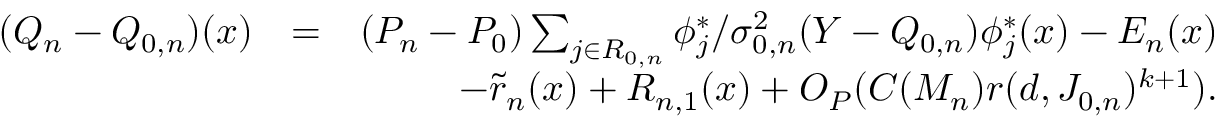
\begin{array} { r l r } { ( Q _ { n } - Q _ { 0 , n } ) ( x ) } & { = } & { ( P _ { n } - P _ { 0 } ) \sum _ { j \in { \cal R } _ { 0 , n } } \phi _ { j } ^ { * } / \sigma _ { 0 , n } ^ { 2 } ( Y - { Q _ { 0 , n } } ) \phi _ { j } ^ { * } ( x ) - E _ { n } ( x ) } \\ & { } & { - \tilde { r } _ { n } ( x ) + R _ { n , 1 } ( x ) + O _ { P } ( C ( M _ { n } ) r ( d , J _ { 0 , n } ) ^ { k + 1 } ) . } \end{array}